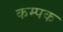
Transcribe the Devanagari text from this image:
कम्पक